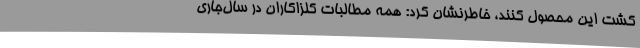
کشت این محصول کنند، خاطرنشان کرد: همه مطالبات کلزاکاران در سال‌جاری